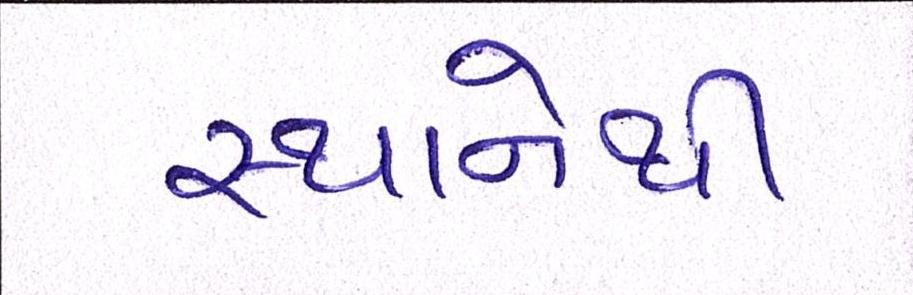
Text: સ્થાનેથી